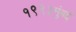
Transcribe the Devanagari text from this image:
१९९३मुंबई